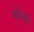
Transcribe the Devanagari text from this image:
थोइनॉट